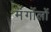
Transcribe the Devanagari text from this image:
मंगोंलों